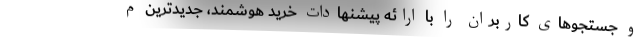
و جستجوهای کاربران را با ارائه پیشنهادات خرید هوشمند، ‌جدیدترین م